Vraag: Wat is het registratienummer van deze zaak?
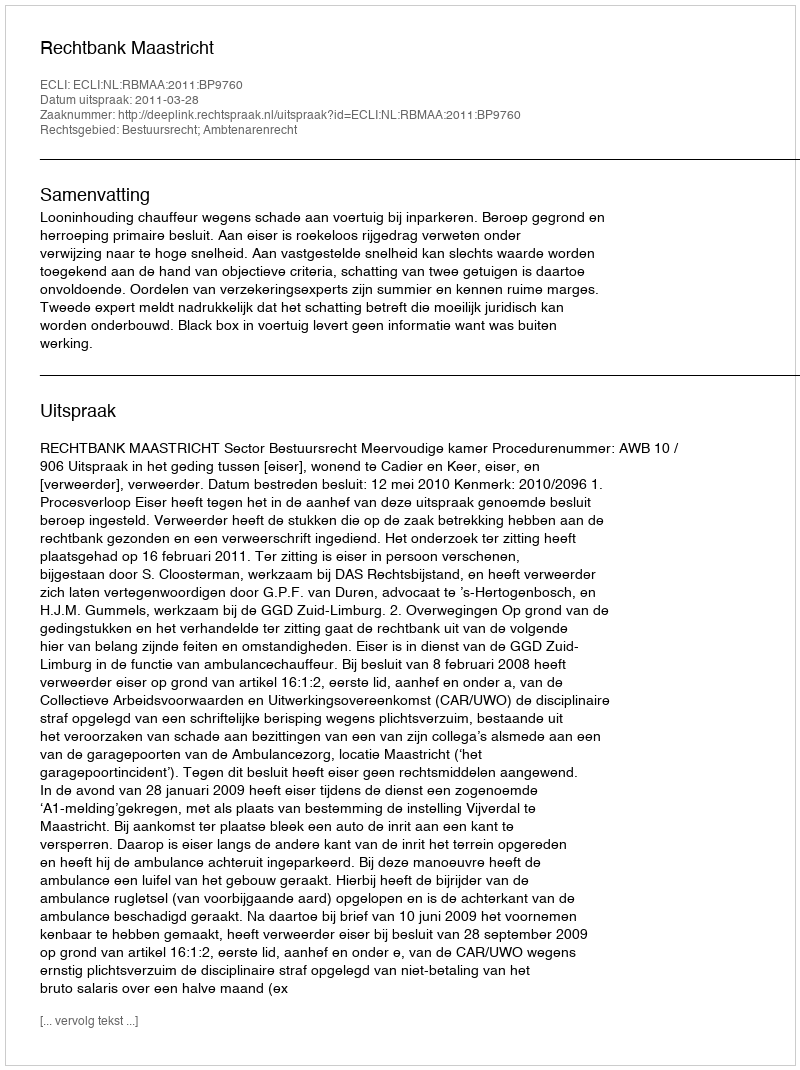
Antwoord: http://deeplink.rechtspraak.nl/uitspraak?id=ECLI:NL:RBMAA:2011:BP9760